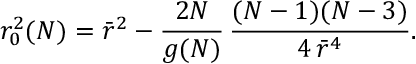
r _ { 0 } ^ { 2 } ( N ) = \bar { r } ^ { 2 } - \frac { 2 N } { g ( N ) } \, \frac { ( N - 1 ) ( N - 3 ) } { 4 \, \bar { r } ^ { 4 } } .